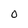
Character: O